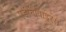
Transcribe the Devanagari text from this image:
एडीनोवाइरस